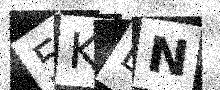
Text: 5KBN